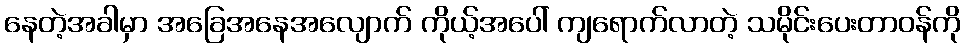
နေတဲ့အခါမှာ အခြေအနေအလျောက် ကိုယ့်အပေါ် ကျရောက်လာတဲ့ သမိုင်းပေးတာဝန်ကို